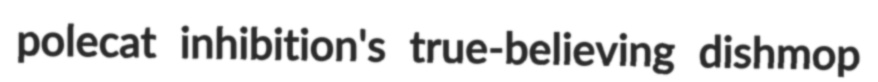
polecat inhibition's true-believing dishmop